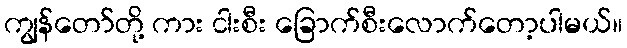
ကျွန်တော်တို့ ကား ငါးစီး ခြောက်စီးလောက်တော့ပါမယ်။